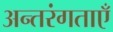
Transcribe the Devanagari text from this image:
अन्तरंगताएँ